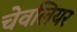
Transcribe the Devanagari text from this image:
चेवलियर